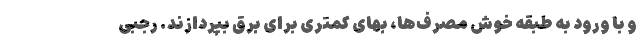
و با ورود به طبقه خوش مصرف‌ها، بهای کمتری برای برق بپردازند. رجبی